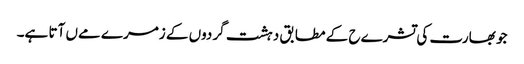
جو بھارت کی تشرےح کے مطابق دہشت گردوں کے زمرے مےں آتا ہے۔